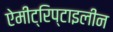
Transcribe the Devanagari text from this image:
ऐमीट्रिप्टाइलीन